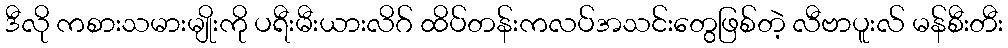
ဒီလို ကစားသမားမျိုးကို ပရီးမီးယားလိဂ် ထိပ်တန်းကလပ်အသင်းတွေဖြစ်တဲ့ လီဗာပူးလ် မန်စီးတီး